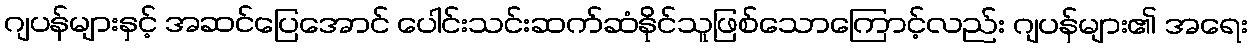
ဂျပန်များနှင့် အဆင်ပြေအောင် ပေါင်းသင်းဆက်ဆံနိုင်သူဖြစ်သောကြောင့်လည်း ဂျပန်များ၏ အရေး